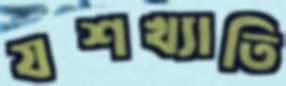
যশখ্যাতি